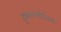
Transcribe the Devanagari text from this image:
दुष्काळपीडितांना